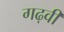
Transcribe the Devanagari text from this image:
गढ़वी